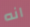
انه